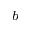
^ b